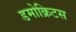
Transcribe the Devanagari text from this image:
डमोक्रिटस